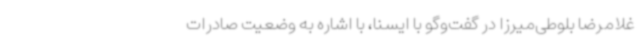
غلامرضا بلوطی‌میرزا در گفت‌وگو با ایسنا، با اشاره به وضعیت صادرات